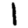
Digit: 1